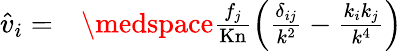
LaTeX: \begin{array}{rl}{\hat{v}_{i}=}&{{}\medspace\frac{f_{j}}{\mathrm{Kn}}\left(\frac{\delta_{ij}}{k^{2}}-\frac{k_{i}k_{j}}{k^{4}}\right)}\end{array}